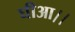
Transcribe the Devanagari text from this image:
घीआ।।